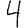
Digit: 4